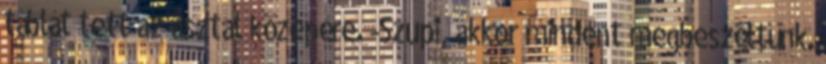
táblát tett az asztal közepére. -Szupi, akkor mindent megbeszéltünk.